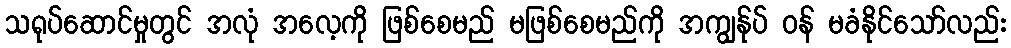
သရုပ်ဆောင်မှုတွင် အလုံ အလေ့ကို ဖြစ်စေမည် မဖြစ်စေမည်ကို အကျွန်ုပ် ဝန် မခံနိုင်သော်လည်း